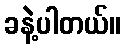
ခနဲ့ပါတယ်။